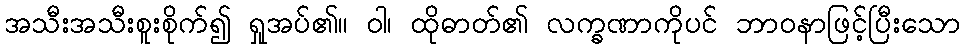
အသီးအသီးစူးစိုက်၍ ရှုအပ်၏။ ဝါ၊ ထိုဓာတ်၏ လက္ခဏာကိုပင် ဘာဝနာဖြင့်ပြီးသော